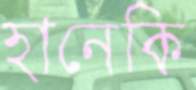
হানেকি